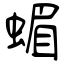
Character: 蝞